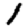
Digit: 1